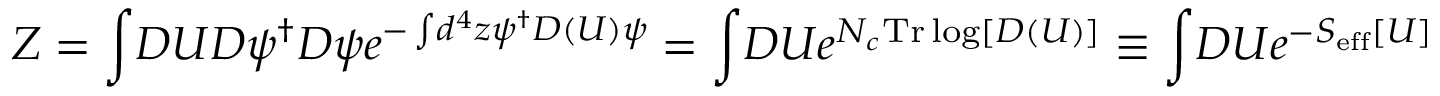
Z = \int \! { \cal D } U { \cal D } \psi ^ { \dagger } { \cal D } \psi e ^ { - \int \! d ^ { 4 } z \psi ^ { \dagger } D ( U ) \psi } = \int \! { \cal D } U e ^ { N _ { c } \mathrm { T r } \log [ D ( U ) ] } \equiv \int \! { \cal D } U e ^ { - S _ { \mathrm { e f f } } [ U ] }